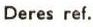
Deres ref.